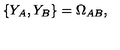
\{ Y _ { A } , Y _ { B } \} = \Omega _ { A B } ,